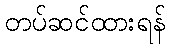
တပ်ဆင်ထားရန်